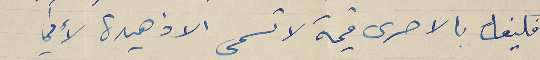
فكيف بالاحرى قيمة لا تسمى الا زهيدة لأني